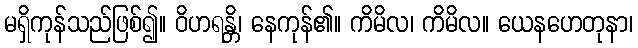
မရှိကုန်သည်ဖြစ်၍။ ဝိဟရန္တိ၊ နေကုန်၏။ ကိမိလ၊ ကိမိလ။ ယေနဟေတုနာ၊